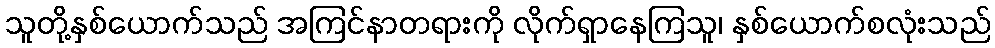
သူတို့နှစ်ယောက်သည် အကြင်နာတရားကို လိုက်ရှာနေကြသူ၊ နှစ်ယောက်စလုံးသည်